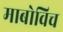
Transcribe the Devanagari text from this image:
माबोविच